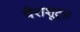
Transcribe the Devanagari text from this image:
पैराशूट्स